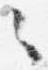
々